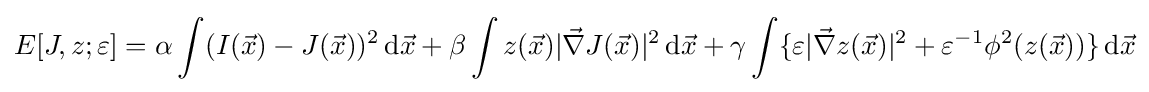
E[J,z;\varepsilon ]=\alpha \int (I({\vec {x}})-J({\vec {x}}))^{2}\,\mathrm {d} {\vec {x}}+\beta \int z({\vec {x}})|{\vec {\nabla }}J({\vec {x}})|^{2}\,\mathrm {d} {\vec {x}}+\gamma \int \{\varepsilon |{\vec {\nabla }}z({\vec {x}})|^{2}+\varepsilon ^{-1}\phi ^{2}(z({\vec {x}}))\}\,\mathrm {d} {\vec {x}}